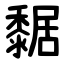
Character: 䵕